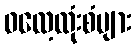
ဓလေ့ထုံးစံများ